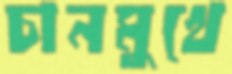
চানমুখে